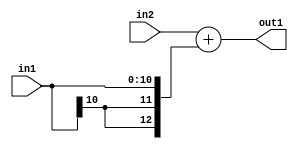
`timescale 1ps / 1ps
/*****************************************************************************
    Verilog RTL Description
    
    
    Created by: Stratus DpOpt 2019.1.01 
*******************************************************************************/

module DC_Filter_Add_13Sx11S_13S_4 (
	in2,
	in1,
	out1
	); /* architecture "behavioural" */ 
input [12:0] in2;
input [10:0] in1;
output [12:0] out1;
wire [12:0] asc001;

assign asc001 = 
	+(in2)
	+({{2{in1[10]}}, in1});

assign out1 = asc001;
endmodule

/* CADENCE  ubP0Qw8= : u9/ySgnWtBlWxVPRXgAZ4Og= ** DO NOT EDIT THIS LINE ******/